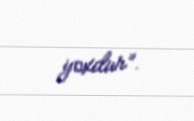
yoxdur”.